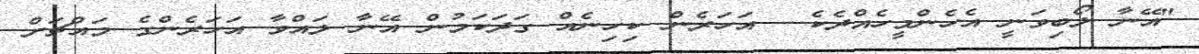
"އޭނާ ލޯބިވަނީ އެހެންމީހެއްދެކެ... އަހަރެން ކިހިނެއް ގަދަކަމުން އޭނާ ލައްވާ އަހަރެންގެ މައްޗަށް